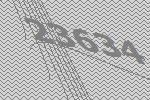
23634